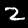
Digit: 2